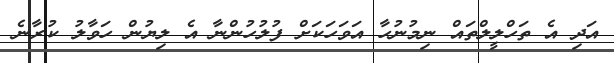
އަދި އެ ތަހްލީލްތައް ނިމުނުހާ އަވަހަކަށް ފުލުހުންނާ އެ ލިޔުން ހަވާލު ކުރާނެ